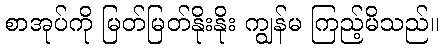
စာအုပ်ကို မြတ်မြတ်နိုးနိုး ကျွန်မ ကြည့်မိသည်။